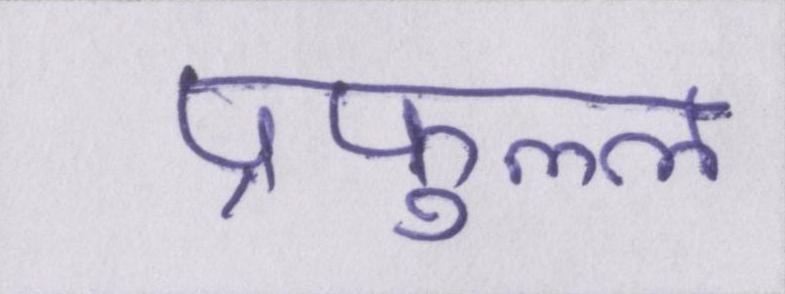
प्रफुल्ल